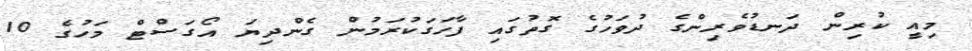
މިއީ ކުރިން ދަނޑުވެރިންގެ ދުވަހުގެ ގޮތުގައި ފާހަގަކުރަމުން ގެންދިޔަ އޯގަސްޓް މަހުގެ 10